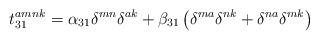
LaTeX: \begin{align*}t_{31}^{amnk}=\alpha _{31}\delta ^{mn}\delta ^{ak}+\beta _{31}\left( \delta^{ma}\delta ^{nk}+\delta ^{na}\delta ^{mk}\right)\end{align*}